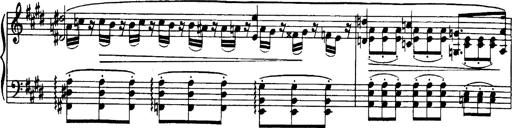
Title: OuvertÃ¼re zu TannhÃ¤user
Composer: Franz Liszt